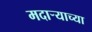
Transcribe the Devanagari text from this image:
मदाऱ्याच्या